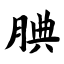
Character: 腆